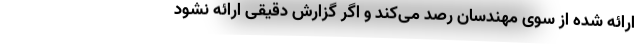
ارائه شده از سوی مهندسان رصد می‌کند و اگر گزارش دقیقی ارائه نشود